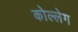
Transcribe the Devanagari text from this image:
कोल्लेग